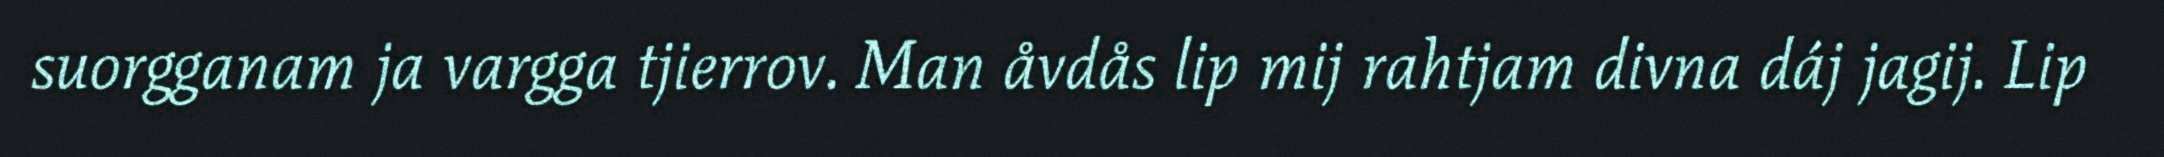
suorgganam ja vargga tjierrov. Man åvdås lip mij rahtjam divna dáj jagij. Lip